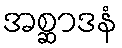
အစ္ဆာဒနံ